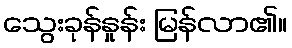
သွေးခုန်နှုန်း မြန်လာ၏။